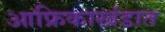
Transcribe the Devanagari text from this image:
आफ्रिकाखंडात